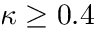
\kappa \geq 0 . 4